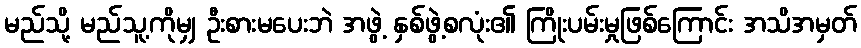
မည်သို့ မည်သူ့ကိုမျှ ဦးစားမပေးဘဲ အဖွဲ့ နှစ်ဖွဲ့စလုံး၏ ကြိုးပမ်းမှုဖြစ်ကြောင်း အသိအမှတ်